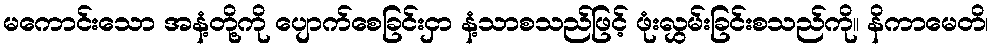
မကောင်းသော အနံ့တို့ကို ပျောက်စေခြင်းငှာ နံ့သာစသည်ဖြင့် ဖုံးလွှမ်းခြင်းစသည်ကို။ နိကာမေတိ၊